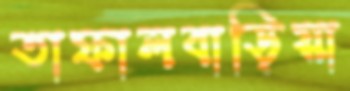
তাফালবাড়িয়া